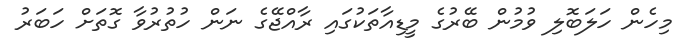
މިހެން ހަލަބޮލި ވުމުން ބޭރުގެ މީޑިއާތަކުގައި ރާއްޖޭގެ ނަން ހުތުރުވާ ގޮތަށް ހަބަރު